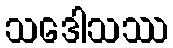
သဒေါသဿ